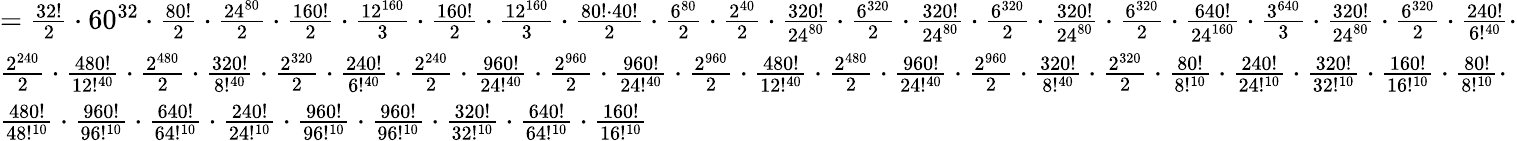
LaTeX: {\begin{array}{l}{={\frac{32!}{2}}\cdot 60^{32}\cdot{\frac{80!}{2}}\cdot{\frac{24^{80}}{2}}\cdot{\frac{160!}{2}}\cdot{\frac{12^{160}}{3}}\cdot{\frac{160!}{2}}\cdot{\frac{12^{160}}{3}}\cdot{\frac{80!\cdot 40!}{2}}\cdot{\frac{6^{80}}{2}}\cdot{\frac{2^{40}}{2}}\cdot{\frac{320!}{24^{80}}}\cdot{\frac{6^{320}}{2}}\cdot{\frac{320!}{24^{80}}}\cdot{\frac{6^{320}}{2}}\cdot{\frac{320!}{24^{80}}}\cdot{\frac{6^{320}}{2}}\cdot{\frac{640!}{24^{160}}}\cdot{\frac{3^{640}}{3}}\cdot{\frac{320!}{24^{80}}}\cdot{\frac{6^{320}}{2}}\cdot{\frac{240!}{6!^{40}}}\cdot}\\ {{\frac{2^{240}}{2}}\cdot{\frac{480!}{12!^{40}}}\cdot{\frac{2^{480}}{2}}\cdot{\frac{320!}{8!^{40}}}\cdot{\frac{2^{320}}{2}}\cdot{\frac{240!}{6!^{40}}}\cdot{\frac{2^{240}}{2}}\cdot{\frac{960!}{24!^{40}}}\cdot{\frac{2^{960}}{2}}\cdot{\frac{960!}{24!^{40}}}\cdot{\frac{2^{960}}{2}}\cdot{\frac{480!}{12!^{40}}}\cdot{\frac{2^{480}}{2}}\cdot{\frac{960!}{24!^{40}}}\cdot{\frac{2^{960}}{2}}\cdot{\frac{320!}{8!^{40}}}\cdot{\frac{2^{320}}{2}}\cdot{\frac{80!}{8!^{10}}}\cdot{\frac{240!}{24!^{10}}}\cdot{\frac{320!}{32!^{10}}}\cdot{\frac{160!}{16!^{10}}}\cdot{\frac{80!}{8!^{10}}}\cdot}\\ {{\frac{480!}{48!^{10}}}\cdot{\frac{960!}{96!^{10}}}\cdot{\frac{640!}{64!^{10}}}\cdot{\frac{240!}{24!^{10}}}\cdot{\frac{960!}{96!^{10}}}\cdot{\frac{960!}{96!^{10}}}\cdot{\frac{320!}{32!^{10}}}\cdot{\frac{640!}{64!^{10}}}\cdot{\frac{160!}{16!^{10}}}}\end{array}}